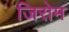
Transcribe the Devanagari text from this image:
जिरोम